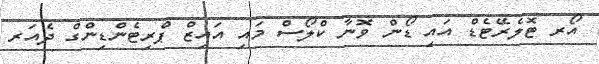
އޯރ ޓޮލެރޭޓެޑް އައި ޑޯން ވޮނާ ކްލޯސް މައި އައިޒް ޕްރިޓެންޑިންގް ދެއަރ